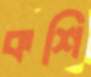
কশি